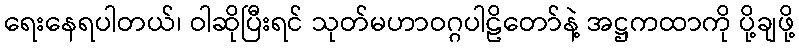
ရေးနေရပါတယ်၊ ဝါဆိုပြီးရင် သုတ်မဟာဝဂ္ဂပါဠိတော်နဲ့ အဋ္ဌကထာကို ပို့ချဖို့